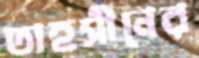
তাহসীনের